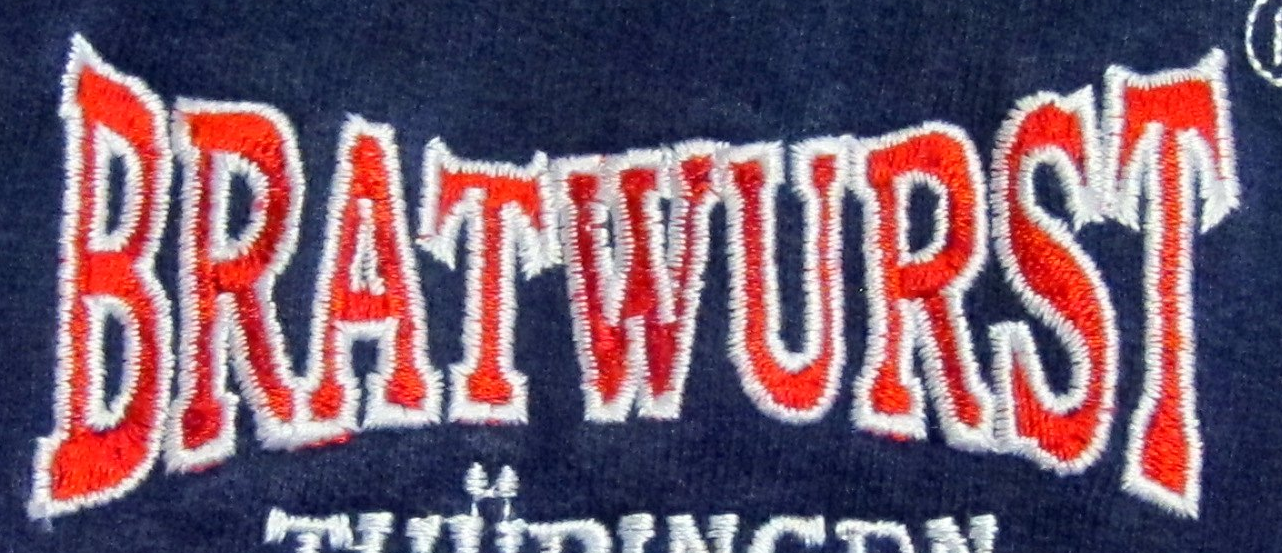
BRATWURST